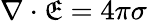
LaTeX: \nabla\cdot\mathfrak{E}=4\pi\sigma